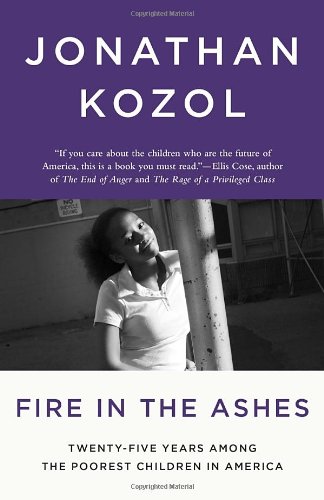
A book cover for Fire in the Ashes: Twenty-Five Years Among the Poorest Children in America; Jonathan Kozol; Politics & Social Sciences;